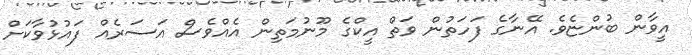
އީވާން ބުންޏެވެ. އޭނާގެ ފަހަތުން ވަތް އީކްގެ މޫނުމަތިން އެއްވެސް އަސަރެއް ފައުޅުވާކަށް